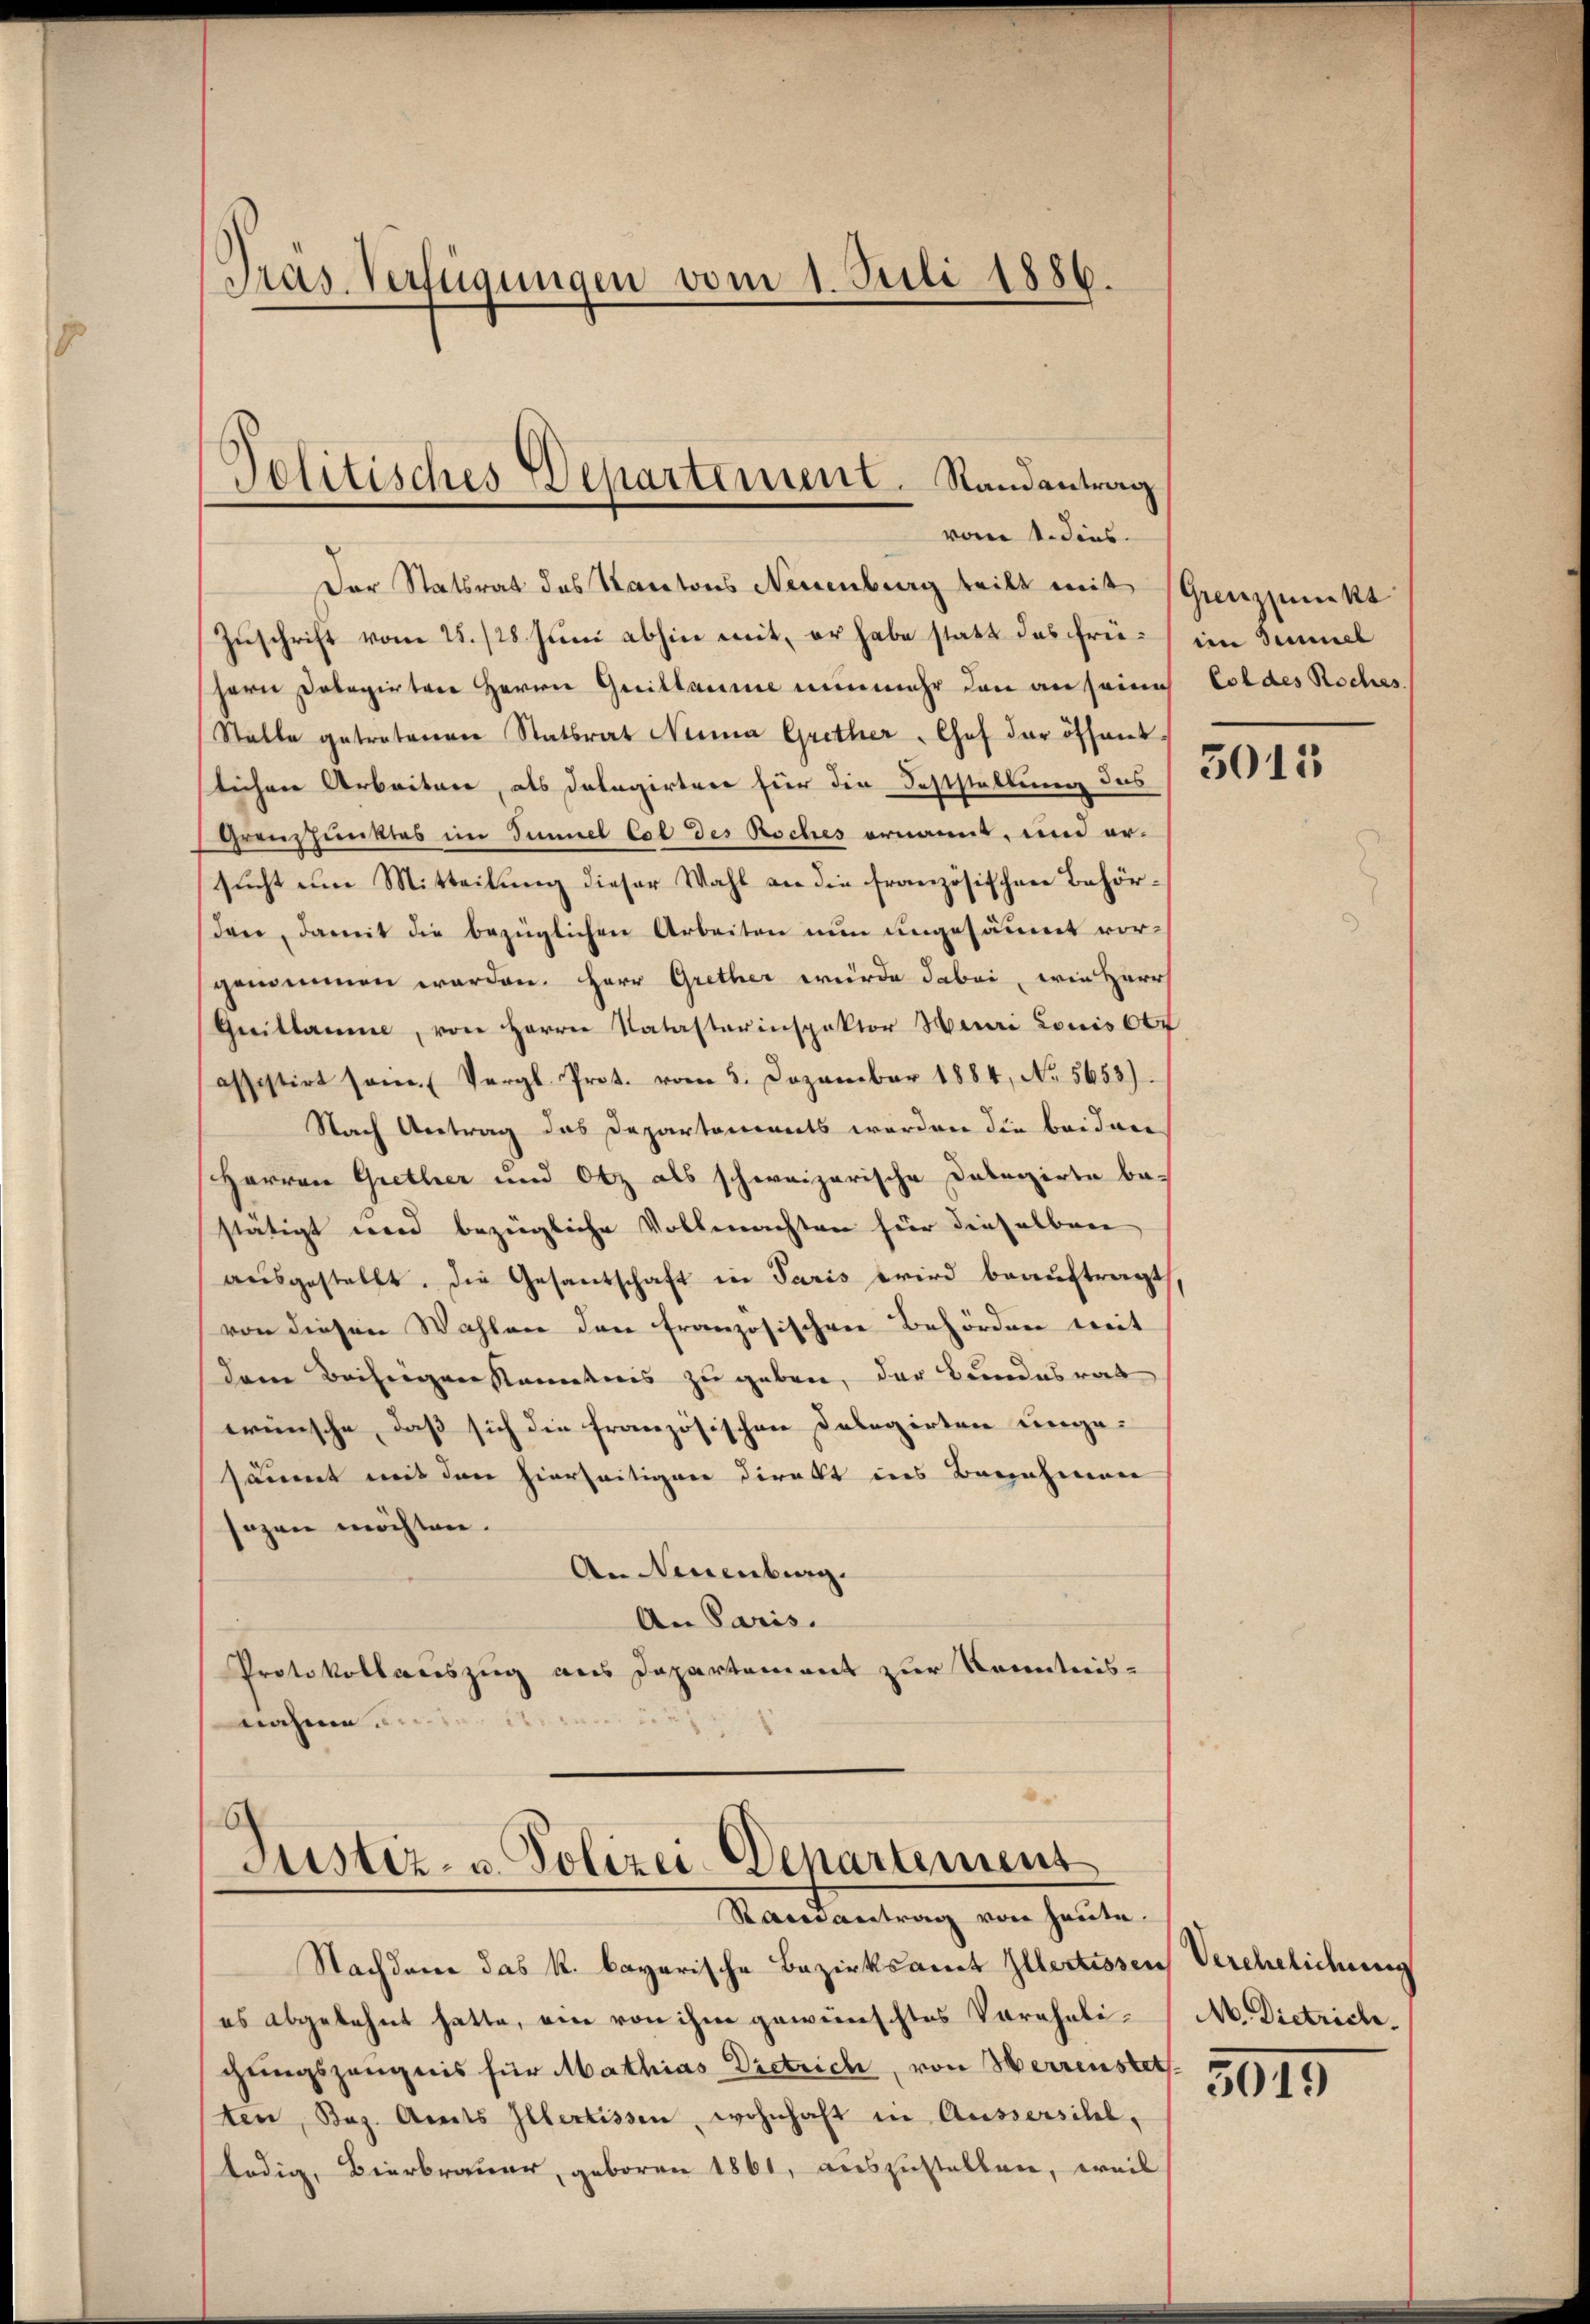
Präs. Verfügungen vom 1. Juli 1886.

Politisches Departement. Randantrag
vom 1. dies

Der Statsrat des Kantons Neuenburg teilt mit Grenzpunkt
Zuschrift vom 25. /28 Juni abhin mit, er habe statt das früh im Semmel
Hern Dolegirten Herrn Guillaume nunmehr den an seine Coldes Roches
Stalle getretenen Statsrat Nina Grether, Chef der öffentlichen Arbeiten, als Datagirten für die Feststellung des § 3500 155
Grenzpunktes im Simmel tot des Roches ernannt, und ersucht um Mitteilung dieser Wahl an die französischen Behördan, damit die bezüglichen Arbeiten nun ungesäumt vorgenommen werden. Herr Grether würde dabei, wie Herrs
Grillaume, von Herrn Natasterinspektor Mauri Louis tr
assistirt sein. (Vergl. Prot. vom 5. Dezember 1884, No. 5653).
Nach Antrag das Departements werden die beiden
Herren Grether und Otz als schweizerische Delegirte bestätigt wird bezügliche Vollmachten für dieselben
ausgestellt. Die Gesandtschaft in Paris wird beauftragt,
von diesen Wahlen den französischen Behörden weit
dem Beihrigen kanntnis zu geben, der Bundesrat
wünsche, daß sich die französischen Delegirten unge-
säumt mit den hierseitigen direkt ins Benehmen
sozen möchten.
An Neuenburg.
An Paris.
Protokollauszug aus Departement zur Kenntnisnahme

6
Justiz- u. Polizei-Departement
Randantrag von heute.

Nachdeme das k. bayerische Bezirksamt Illertissen Verehelichung
es abgelehnt hatte, ein von ihm gewünschtes Vorehelichungszeugnis für Mathias Dietrich, von Herrenstets
ten, Bez. Amts Illertissen, wohnhaft in Aussersihl,
ledig, Bierbrauer, geboren 1861, auszustellen, weil

M. Dietrich.
3015